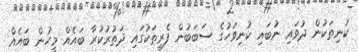
ކުނިތަކުން ދުވައި ނުބައި ކުނިވަހުގެ ސަބަބުން ފެރީތަކުގައި ދަތުރުކުރާ ބައެއް މީހުން ބައެއް